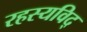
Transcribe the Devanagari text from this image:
रहस्यविद्